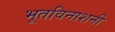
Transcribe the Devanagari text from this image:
भूतविनाशनी